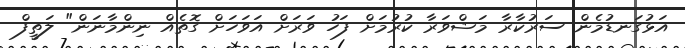
އަޅުގަނޑުމެން ސަރުކާރާ މަޝްވަރާ ކުރުމަށް ފަހު ވަރަށް އަވަހަށް ގޮތެއް ނިންމާނަން" ލަތީފް